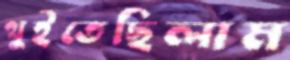
থুইতেছিলাম